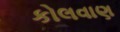
કોલવાણ